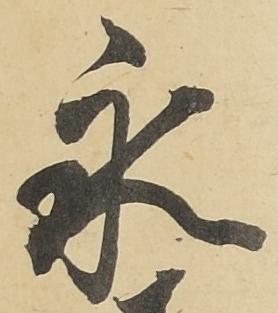
永